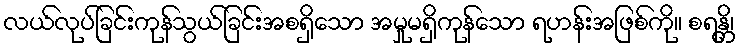
လယ်လုပ်ခြင်းကုန်သွယ်ခြင်းအစရှိသော အမှုမရှိကုန်သော ရဟန်းအဖြစ်ကို။ စရန္တိ၊